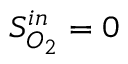
S _ { O _ { 2 } } ^ { i n } = 0